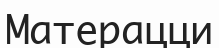
Матерацци